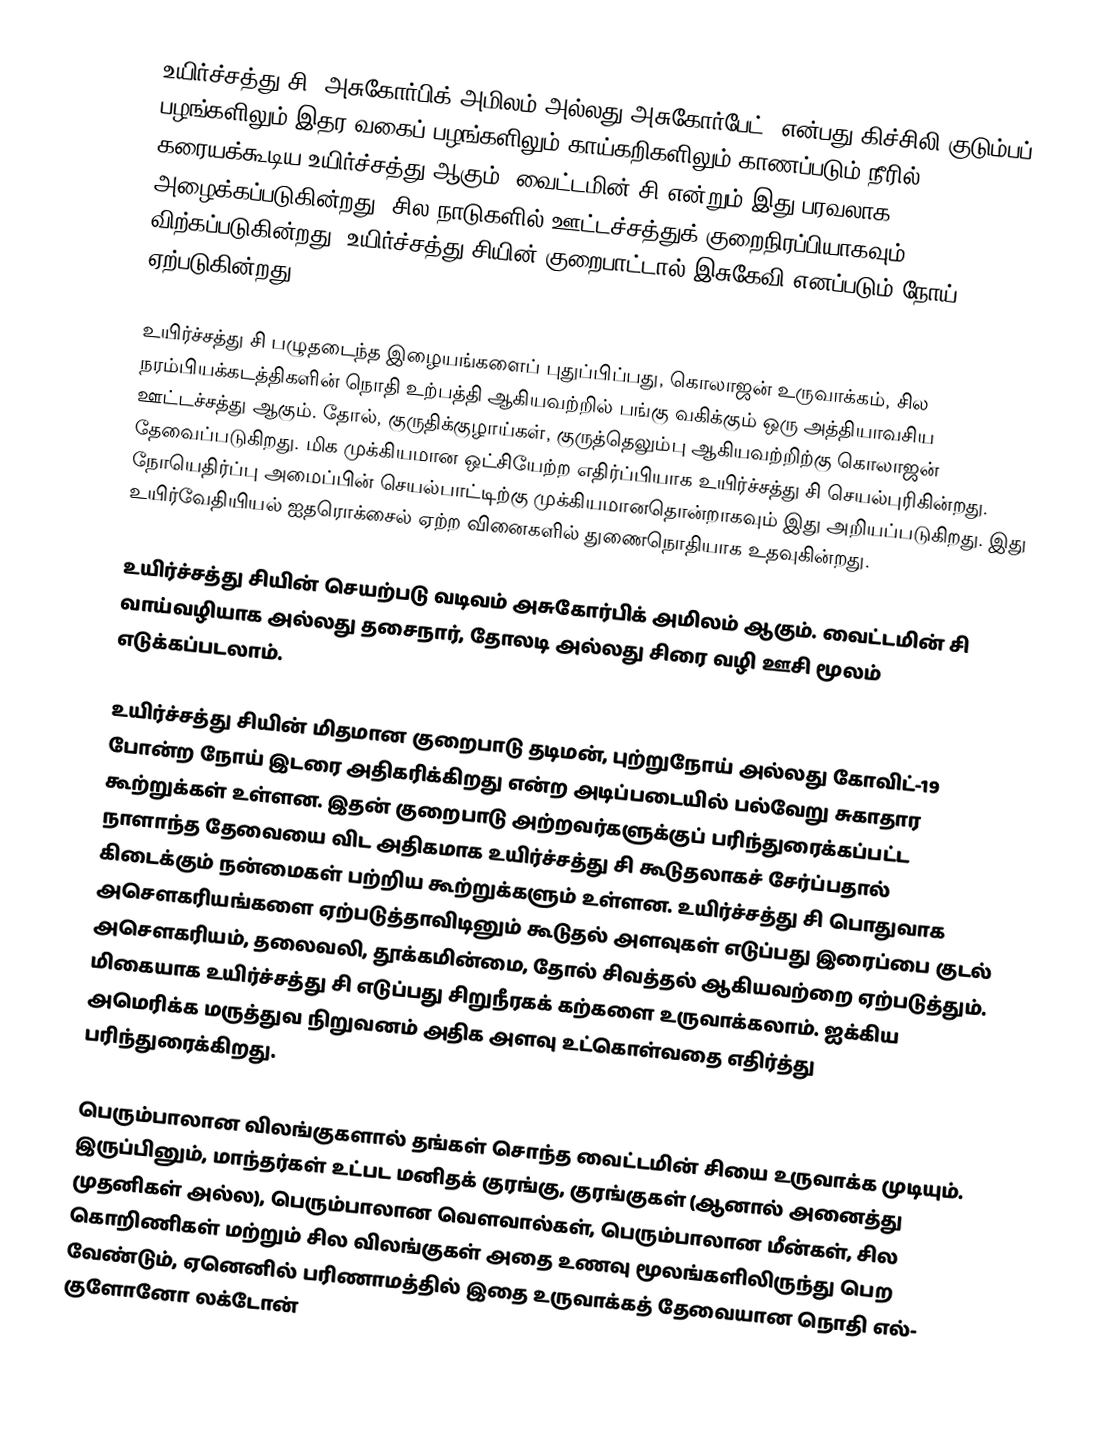
உயிர்ச்சத்து சி (அசுகோர்பிக் அமிலம் அல்லது அசுகோர்பேட்) என்பது கிச்சிலி குடும்பப்  பழங்களிலும் இதர வகைப் பழங்களிலும் காய்கறிகளிலும் காணப்படும் நீரில் கரையக்கூடிய உயிர்ச்சத்து ஆகும். வைட்டமின் சி என்றும் இது பரவலாக அழைக்கப்படுகின்றது. சில நாடுகளில் ஊட்டச்சத்துக் குறைநிரப்பியாகவும் விற்கப்படுகின்றது. உயிர்ச்சத்து சியின் குறைபாட்டால் இசுகேவி எனப்படும் நோய் ஏற்படுகின்றது.

உயிர்ச்சத்து சி பழுதடைந்த இழையங்களைப் புதுப்பிப்பது,   கொலாஜன் உருவாக்கம், சில நரம்பியக்கடத்திகளின் நொதி உற்பத்தி ஆகியவற்றில் பங்கு வகிக்கும் ஒரு அத்தியாவசிய ஊட்டச்சத்து ஆகும்.  தோல், குருதிக்குழாய்கள், குருத்தெலும்பு ஆகியவற்றிற்கு கொலாஜன்  தேவைப்படுகிறது. மிக முக்கியமான ஒட்சியேற்ற  எதிர்ப்பியாக உயிர்ச்சத்து சி செயல்புரிகின்றது. நோயெதிர்ப்பு அமைப்பின்  செயல்பாட்டிற்கு முக்கியமானதொன்றாகவும் இது அறியப்படுகிறது.  இது உயிர்வேதியியல் ஐதரொக்சைல் ஏற்ற வினைகளில் துணைநொதியாக உதவுகின்றது.

உயிர்ச்சத்து சியின் செயற்படு வடிவம் அசுகோர்பிக் அமிலம் ஆகும். வைட்டமின் சி வாய்வழியாக அல்லது தசைநார், தோலடி அல்லது  சிரை வழி ஊசி மூலம் எடுக்கப்படலாம்.

உயிர்ச்சத்து சியின் மிதமான குறைபாடு தடிமன், புற்றுநோய் அல்லது கோவிட்-19 போன்ற நோய் இடரை அதிகரிக்கிறது என்ற அடிப்படையில் பல்வேறு சுகாதார கூற்றுக்கள் உள்ளன. இதன் குறைபாடு அற்றவர்களுக்குப் பரிந்துரைக்கப்பட்ட  நாளாந்த தேவையை விட அதிகமாக உயிர்ச்சத்து சி கூடுதலாகச் சேர்ப்பதால் கிடைக்கும் நன்மைகள் பற்றிய கூற்றுக்களும் உள்ளன. உயிர்ச்சத்து சி பொதுவாக அசெளகரியங்களை ஏற்படுத்தாவிடினும் கூடுதல் அளவுகள் எடுப்பது இரைப்பை குடல் அசௌகரியம், தலைவலி, தூக்கமின்மை, தோல் சிவத்தல் ஆகியவற்றை ஏற்படுத்தும். மிகையாக உயிர்ச்சத்து சி எடுப்பது சிறுநீரகக் கற்களை உருவாக்கலாம். ஐக்கிய அமெரிக்க மருத்துவ நிறுவனம் அதிக அளவு உட்கொள்வதை எதிர்த்து பரிந்துரைக்கிறது.

பெரும்பாலான விலங்குகளால் தங்கள் சொந்த வைட்டமின் சியை உருவாக்க முடியும். இருப்பினும், மாந்தர்கள் உட்பட மனிதக் குரங்கு, குரங்குகள் (ஆனால் அனைத்து முதனிகள் அல்ல), பெரும்பாலான வெளவால்கள், பெரும்பாலான மீன்கள், சில கொறிணிகள் மற்றும் சில விலங்குகள் அதை உணவு மூலங்களிலிருந்து பெற வேண்டும், ஏனெனில் பரிணாமத்தில் இதை உருவாக்கத் தேவையான நொதி எல்- குளோனோ லக்டோன்